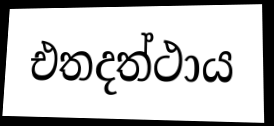
එතදත්ථාය